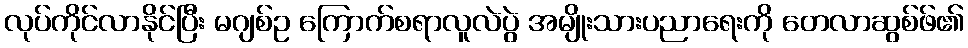
လုပ်ကိုင်လာနိုင်ပြီး မဂျစ်ဥ ကြောက်စရာလူလဲပွဲ အမျိုးသားပညာရေးကို တေလာဆွစ်ဖ်၏